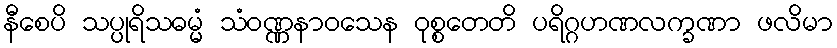
နီစေပိ သပ္ပုရိသဓမ္မံ သံဝဏ္ဏနာဝသေန ဝုစ္စတေတိ ပရိဂ္ဂဟဏလက္ခဏာ ဖလိမာ